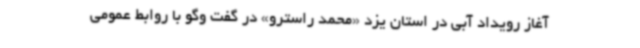
آغاز رویداد آبی در استان یزد «محمد راسترو» در گفت وگو با روابط عمومی